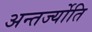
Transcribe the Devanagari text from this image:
अन्तर्ज्योति